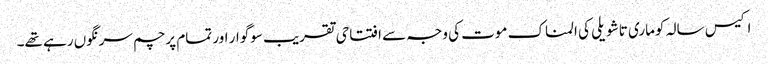
اکیس سالہ کوماری تاشویلی کی المناک موت کی وجہ سے افتتاحی تقریب سوگوار اور تمام پرچم سرنگوں رہے تھے۔